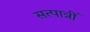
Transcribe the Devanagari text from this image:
सत्पात्रीं